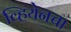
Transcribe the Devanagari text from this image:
व्हियेनचा